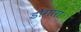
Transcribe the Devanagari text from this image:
डोंगारा